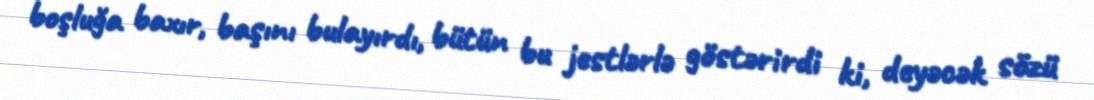
boşluğa baxır, başını bulayırdı, bütün bu jestlərlə göstərirdi ki, deyəcək sözü